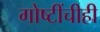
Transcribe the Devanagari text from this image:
गोष्टींचीही